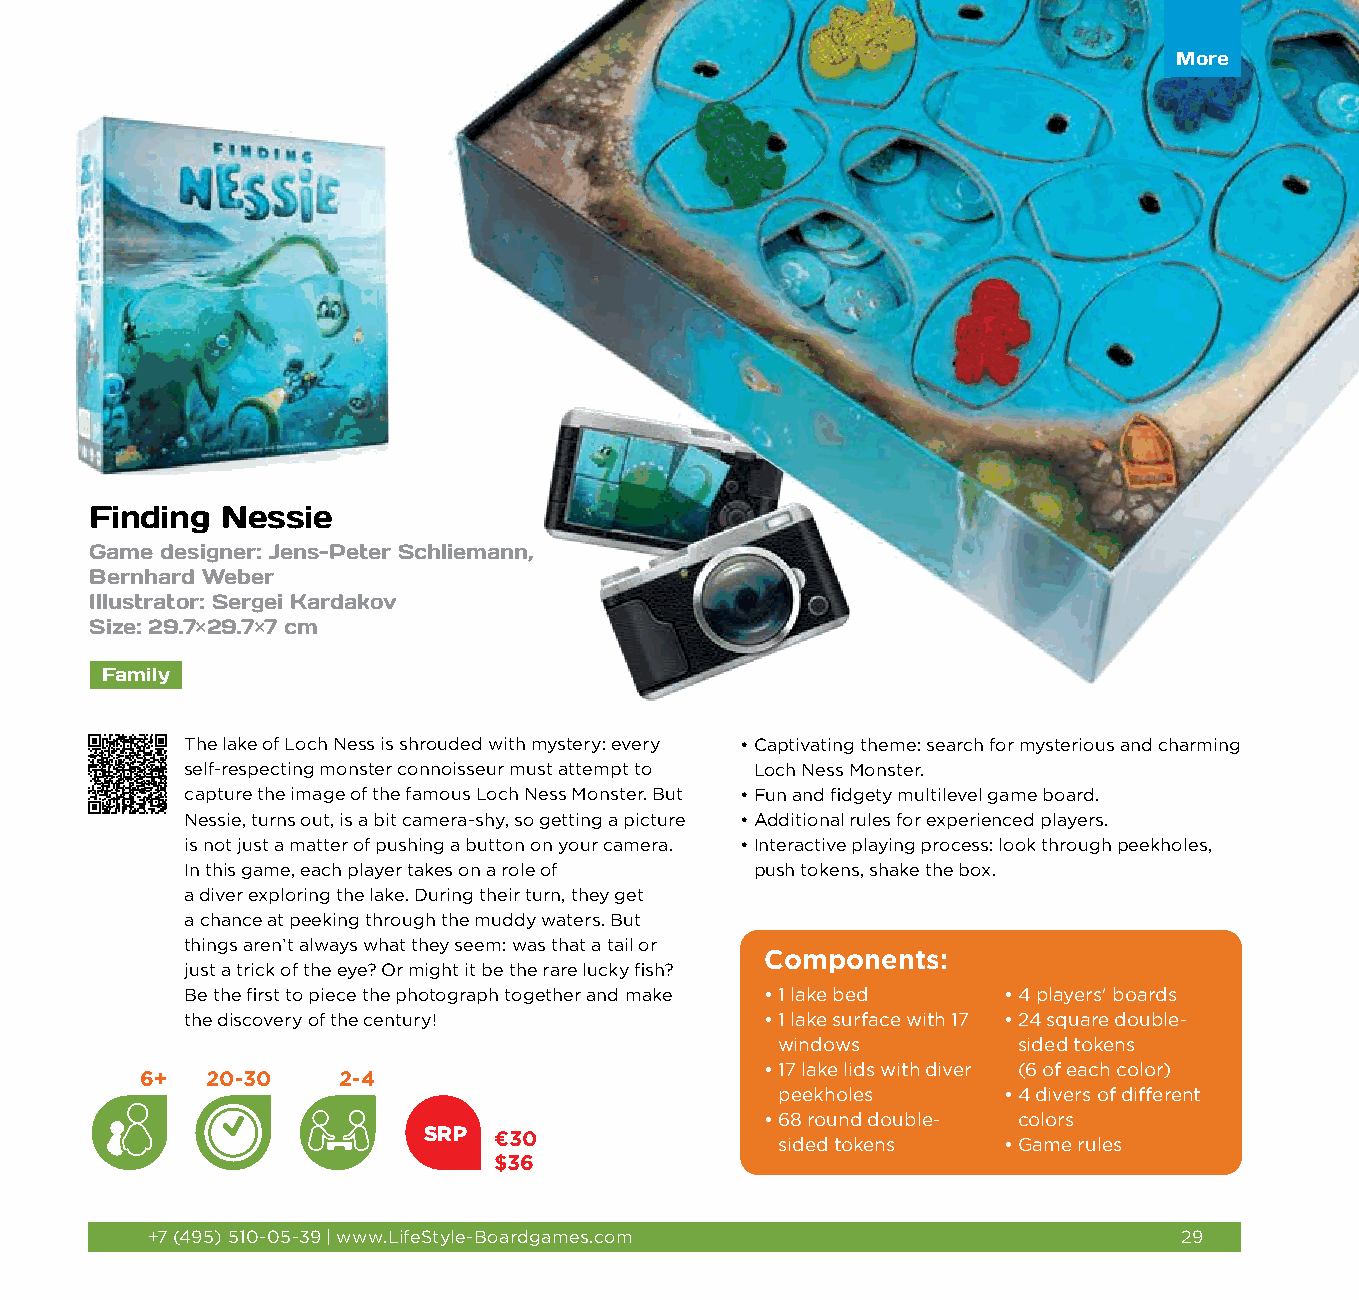
More
 Finding  Nessie
 Game designer: Jens-Peter Schliemann,
 Bernhard Weber
 Illustrator: Sergei Kardakov
 Size: 29.7×29.7×7 cm
 Family
 The lake of Loch Ness is shrouded with mystery: every • C aptivating theme: search for mysterious and charming
 self-respecting monster connoisseur must attempt to Loch Ness Monster.
 capture the image of the famous Loch Ness Monster. But • F un and fidgety multilevel game board.
 Nessie, turns out, is a bit camera-shy, so getting a picture • A dditional rules for experienced players.
 is not just a matter of pushing a button on your camera. • I nteractive playing process: look through peekholes,
 In this game, each player takes on a role of push tokens, shake the box.
 a diver exploring the lake. During their turn, they get
 a chance at peeking through the muddy waters. But
 things aren’t always what they seem: was that a tail or
 Components:
 just a trick of the eye? Or might it be the rare lucky fish?
 Be the first to piece the photograph together and make • 1 lake bed • 4 players' boards
 the discovery of the century!          • 1 lake surface with 17 • 2 4 square double-
 windows         sided tokens
 • 1 7 lake lids with diver (6 of each color)
 6+   20-30   2-4
 peekholes      • 4 divers of different
 • 6 8 round double- colors
 SRP  €30
 sided tokens   • Game rules
 $36
 +7 (495) 510-05-39 | www.LifeStyle-Boardgames.com                   29